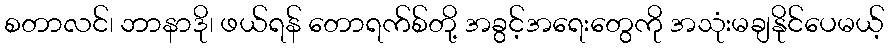
စတာလင်၊ ဘာနာဒို၊ ဖယ်ရန် တောရက်စ်တို့ အခွင့်အရေးတွေကို အသုံးမချနိုင်ပေမယ့်